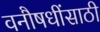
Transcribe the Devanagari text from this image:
वनौषधींसाठी